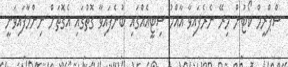
ސްޕްރީމް ކޯޓުން މިރޭ ނެރެފައިވާ އާއްމު ސިޓީއެއްގައި ބުނެފައިވާ ގޮތުގައި އެގޮތަށް ނިންމާފައިވަނީ